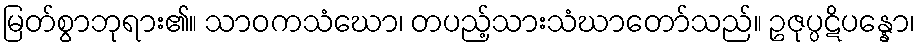
မြတ်စွာဘုရား၏။ သာဝကသံဃော၊ တပည့်သားသံဃာတော်သည်။ ဥဇုပ္ပဋိပန္နော၊